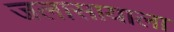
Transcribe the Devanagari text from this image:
जलासायाला